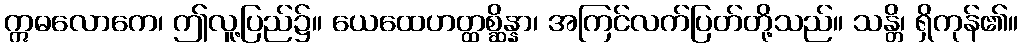
ဣဓလောကေ၊ ဤလူ့ပြည်၌။ ယေထေဟတ္ထစ္ဆိန္နာ၊ အကြင်လက်ပြတ်တို့သည်။ သန္တိ၊ ရှိကုန်၏။